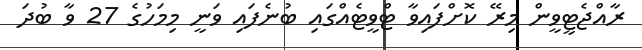
ރާއްޖެޓީވީން މިރޭ ކޮށްފައިވާ ޓްވީޓެއްގައި ބުނެފައި ވަނީ މިމަހުގެ 27 ވާ ބުދަ